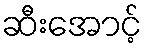
ဆီးအောင့်